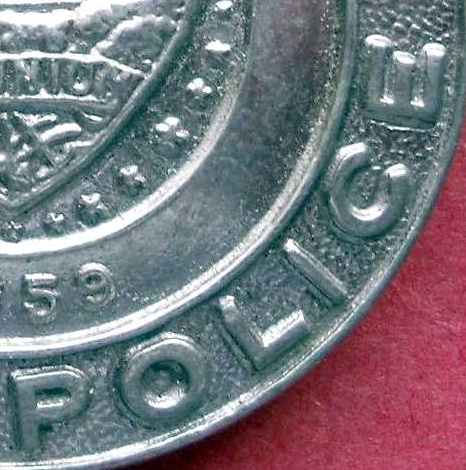
POLICE